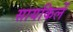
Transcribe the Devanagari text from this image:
सायकिलें